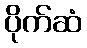
ပိုက်ဆံ